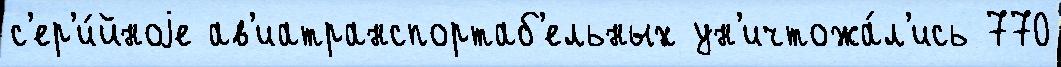
с'ер'и́йноjе ав'иатранспортаб'ельных ун'ичтожа́л'ись 770